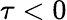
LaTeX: \tau<0